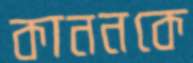
কাননকে